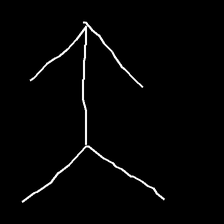
Glyph: gather